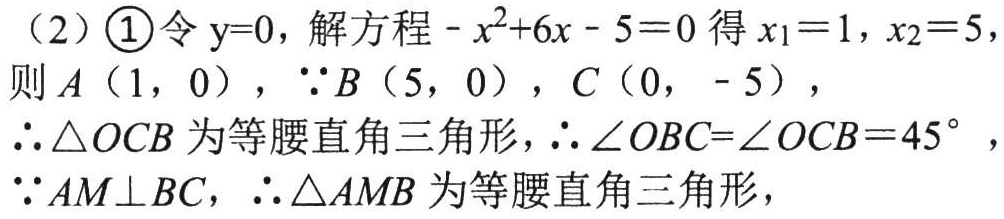
（2）\textcircled{1}令\(y = 0\)，解方程\(-x^{2}+6x - 5 = 0\)得\(x_{1}=1\)，\(x_{2}=5\)，
则\(A(1,0)\)，\(\because B(5,0)\)，\(C(0,-5)\)，
\(\therefore \triangle OCB\)为等腰直角三角形，\(\therefore \angle OBC = \angle OCB = 45^{\circ}\)，
\(\because AM\perp BC\)，\(\therefore \triangle AMB\)为等腰直角三角形，